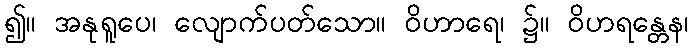
၍။ အနုရူပေ၊ လျောက်ပတ်သော။ ဝိဟာရေ၊ ၌။ ဝိဟရန္တေန၊